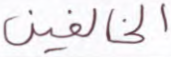
الخالفين